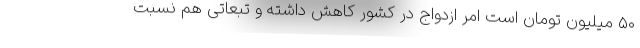
۵۰ میلیون تومان است امر ازدواج در کشور کاهش داشته و تبعاتی هم نسبت